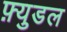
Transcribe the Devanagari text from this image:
फ़्युडल